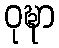
ဝုဍ္ဎာ